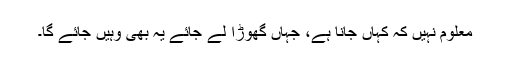
معلوم نہیں کہ کہاں جانا ہے، جہاں گھوڑا لے جائے یہ بھی وہیں جائے گا۔